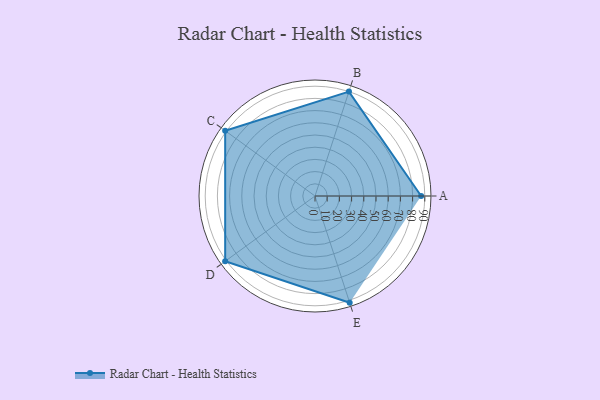
{"axis": {"x": "Skill", "y": "Score"}, "legend": ["Profile"], "data": [{"x": "A", "y": 87.0, "type": "Profile"}, {"x": "B", "y": 90.0, "type": "Profile"}, {"x": "C", "y": 91.0, "type": "Profile"}, {"x": "D", "y": 91.0, "type": "Profile"}, {"x": "E", "y": 92.0, "type": "Profile"}]}